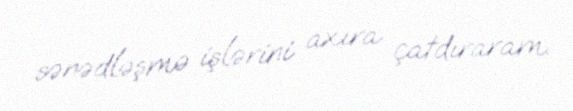
sənədləşmə işlərini axıra çatdıraram.